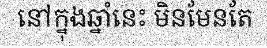
នៅក្នុងឆ្នាំនេះ មិនមែនតែ